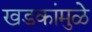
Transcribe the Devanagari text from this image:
खडकांमुळे